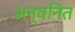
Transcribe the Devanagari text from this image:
अन्वनित